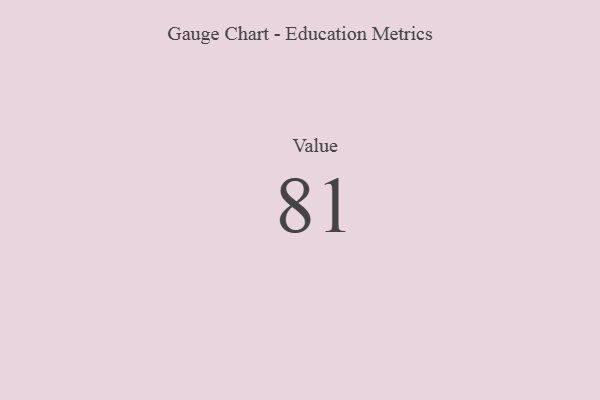
{"axis": {"x": "Metric", "y": "Value"}, "legend": [""], "data": [{"x": "Value", "y": 81, "type": ""}]}